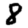
Digit: 8